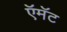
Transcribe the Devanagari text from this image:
ऍमॅट